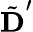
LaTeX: \tilde{\textbf{D}}^{\prime}